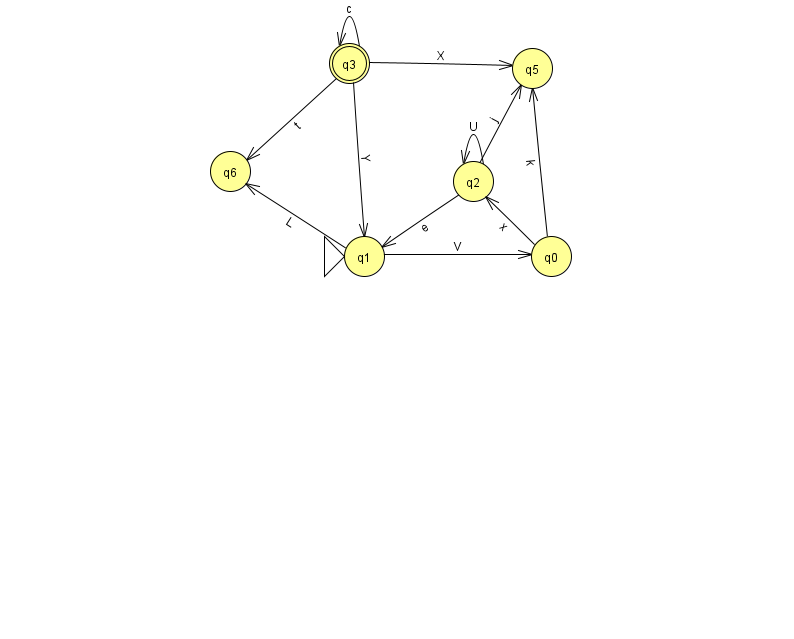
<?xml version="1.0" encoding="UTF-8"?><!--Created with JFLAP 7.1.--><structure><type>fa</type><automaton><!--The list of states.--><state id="0" name="q0"><x>551.0</x><y>243.0</y></state><state id="1" name="q1"><x>364.0</x><y>243.0</y><initial/></state><state id="2" name="q2"><x>473.0</x><y>168.0</y></state><state id="3" name="q3"><x>349.0</x><y>50.0</y><final/></state><state id="5" name="q5"><x>532.0</x><y>55.0</y></state><state id="6" name="q6"><x>230.0</x><y>158.0</y></state><!--The list of transitions.--><transition><from>3</from><to>1</to><read>Y</read></transition><transition><from>1</from><to>6</to><read>L</read></transition><transition><from>3</from><to>3</to><read>c</read></transition><transition><from>3</from><to>6</to><read>t</read></transition><transition><from>2</from><to>2</to><read>U</read></transition><transition><from>3</from><to>5</to><read>X</read></transition><transition><from>0</from><to>5</to><read>k</read></transition><transition><from>2</from><to>1</to><read>e</read></transition><transition><from>2</from><to>5</to><read>j</read></transition><transition><from>0</from><to>2</to><read>x</read></transition><transition><from>1</from><to>0</to><read>V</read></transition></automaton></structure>